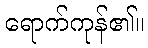
ရောက်ကုန်၏။